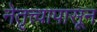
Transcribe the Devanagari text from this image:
नेतृत्त्वापासून